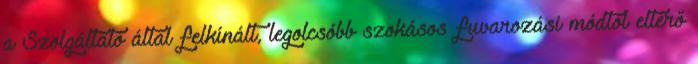
a Szolgáltató által felkínált, legolcsóbb szokásos fuvarozási módtól eltérő